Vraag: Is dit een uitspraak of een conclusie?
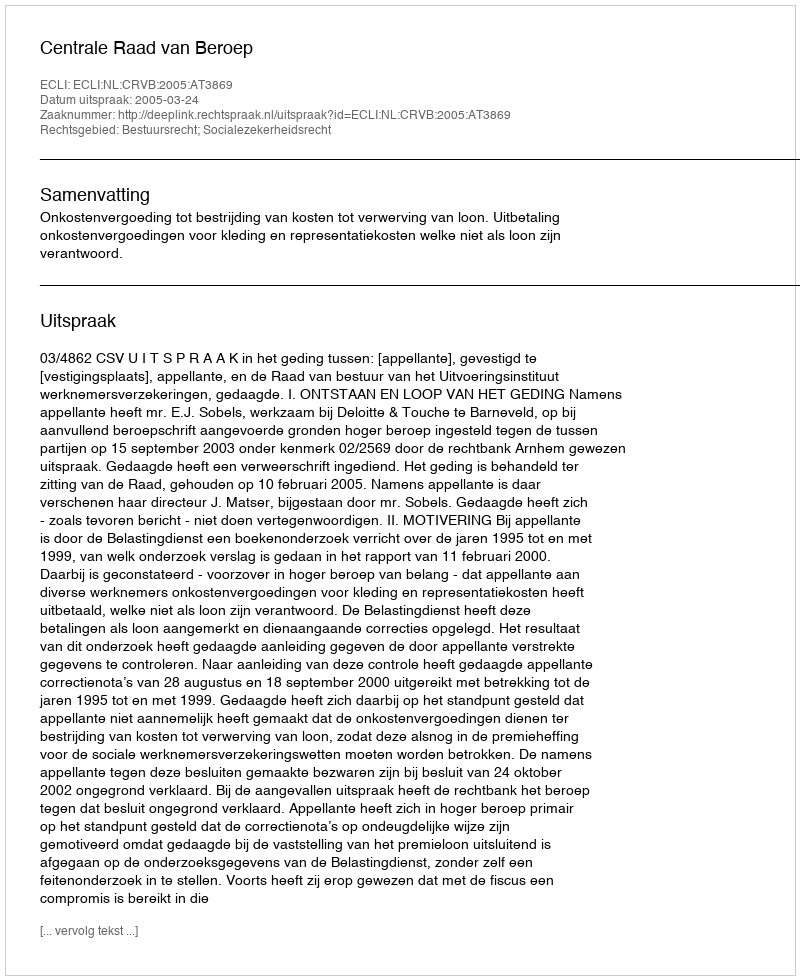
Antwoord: Uitspraak